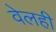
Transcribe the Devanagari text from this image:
वेलही